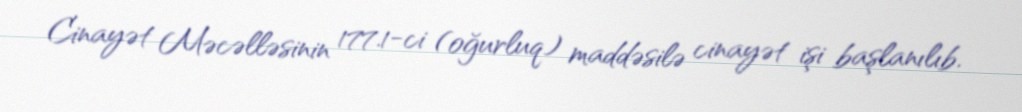
Cinayət Məcəlləsinin 177.1-ci (oğurluq) maddəsilə cinayət işi başlanılıb.